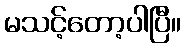
မသင့်တော့ပါပြီ။